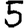
Digit: 5